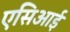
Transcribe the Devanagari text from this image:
एसिआई